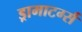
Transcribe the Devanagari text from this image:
ड्रामाटर्ग्स